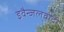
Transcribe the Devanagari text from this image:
इवैन्जलवादी